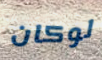
لوكان